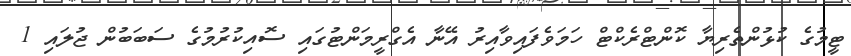
ޓީމުގެ ކުޅުންތެރިޔާ ކޮންޓްރެކްޓް ހަމަވެފައިވާއިރު އޭނާ އެގްރީމަންޓުގައި ސޮއިކުރުމުގެ ސަބަބުން ޖުލައި 1